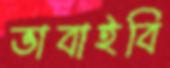
ভাবাইবি